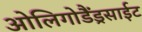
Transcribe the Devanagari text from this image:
ओलिगोडैंड्रसाईट